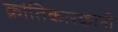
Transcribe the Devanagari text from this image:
क्रांतिकारकानी